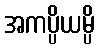
အကပ္ပိယမ္ပိ